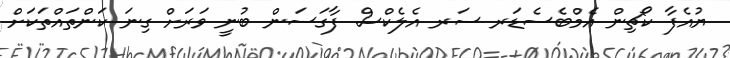
ޔުއެފާ ކޯޗިން އެމްބެސެޑަރ ސަރ އެލެކްސް ފާގަސަން ބުނީ ވަރަށް ގިނަ ކަންތައްތަކަށް